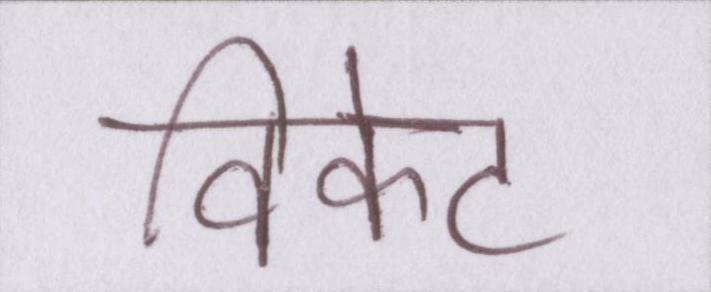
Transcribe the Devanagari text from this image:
विकेट